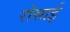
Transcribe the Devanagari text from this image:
रोसाई